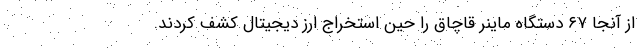
از آنجا ۶۷ دستگاه ماینر قاچاق را حین استخراج ارز دیجیتال کشف کردند.